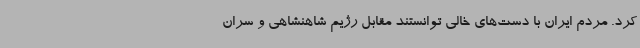
کرد. مردم ایران با دست‌های خالی توانستند مقابل رژیم شاهنشاهی و سران